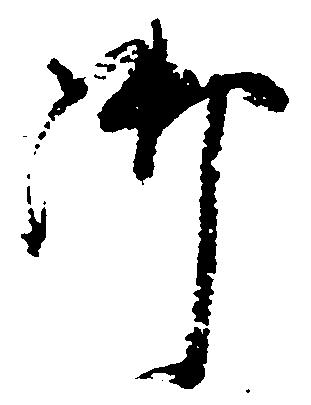
御